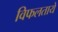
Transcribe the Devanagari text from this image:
विफलतायें